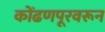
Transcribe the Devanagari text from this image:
कोंढणपूरवरून